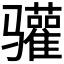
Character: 𬴐